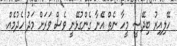
ހޭލިއިރު ބިދޭސީ މީހާ ނެތް އޭނާ ގެންގުޅޭނީ ވެސް ވަރަށް މަދު ހެދުމެއް.